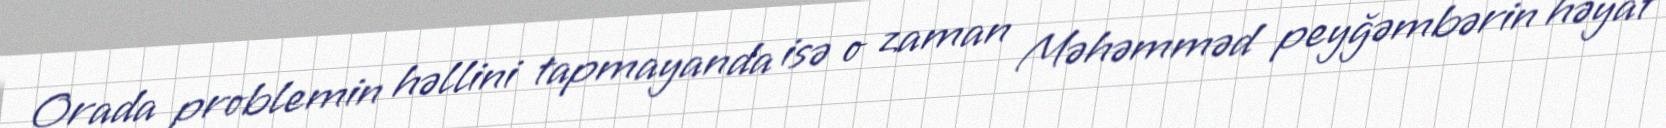
Orada problemin həllini tapmayanda isə o zaman Məhəmməd peyğəmbərin həyat